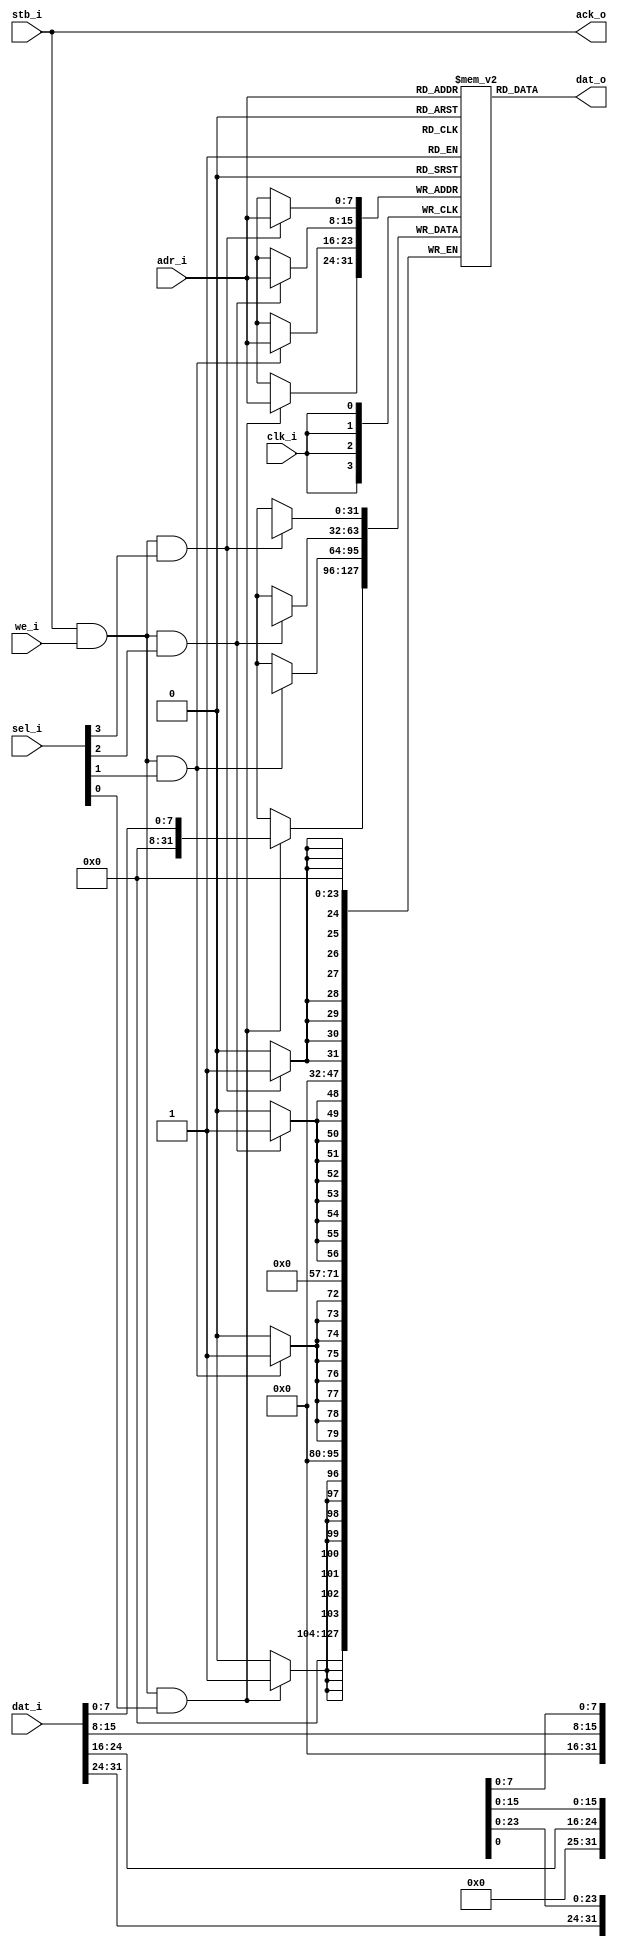
//
// Copyright 2011 Ettus Research LLC
//
// This program is free software: you can redistribute it and/or modify
// it under the terms of the GNU General Public License as published by
// the Free Software Foundation, either version 3 of the License, or
// (at your option) any later version.
//
// This program is distributed in the hope that it will be useful,
// but WITHOUT ANY WARRANTY; without even the implied warranty of
// MERCHANTABILITY or FITNESS FOR A PARTICULAR PURPOSE.  See the
// GNU General Public License for more details.
//
// You should have received a copy of the GNU General Public License
// along with this program.  If not, see <http://www.gnu.org/licenses/>.
//



module wb_ram_dist
  #(parameter AWIDTH=8)
    (input clk_i,
     input stb_i,
     input we_i,
     input [AWIDTH-1:0] adr_i,
     input [31:0] dat_i,
     input [3:0] sel_i,
     output [31:0] dat_o,
     output ack_o);

   reg [31:0] distram [0:1<<(AWIDTH-1)];

   always @(posedge clk_i)
     begin
	if(stb_i & we_i & sel_i[3])
	  distram[adr_i][31:24] <= dat_i[31:24];
	if(stb_i & we_i & sel_i[2])
	  distram[adr_i][24:16] <= dat_i[24:16];
	if(stb_i & we_i & sel_i[1])
	  distram[adr_i][15:8] <= dat_i[15:8];
	if(stb_i & we_i & sel_i[0])
	  distram[adr_i][7:0] <= dat_i[7:0];
     end // always @ (posedge clk_i)

   assign dat_o = distram[adr_i];
   assign ack_o = stb_i;

endmodule // wb_ram_dist